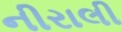
નીરાલી